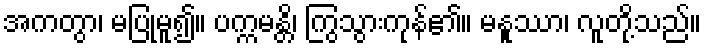
အကတွာ၊ မပြုမူ၍။ ပက္ကမန္တိ၊ ကြွသွားကုန်၏။ မနူဿာ၊ လူတို့သည်။